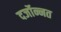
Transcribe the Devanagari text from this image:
दर्जोन्नत